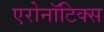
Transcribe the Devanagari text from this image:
एरोनॉटिक्‍स